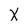
Character: X